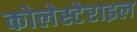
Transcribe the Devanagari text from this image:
कोलेस्टेराइल